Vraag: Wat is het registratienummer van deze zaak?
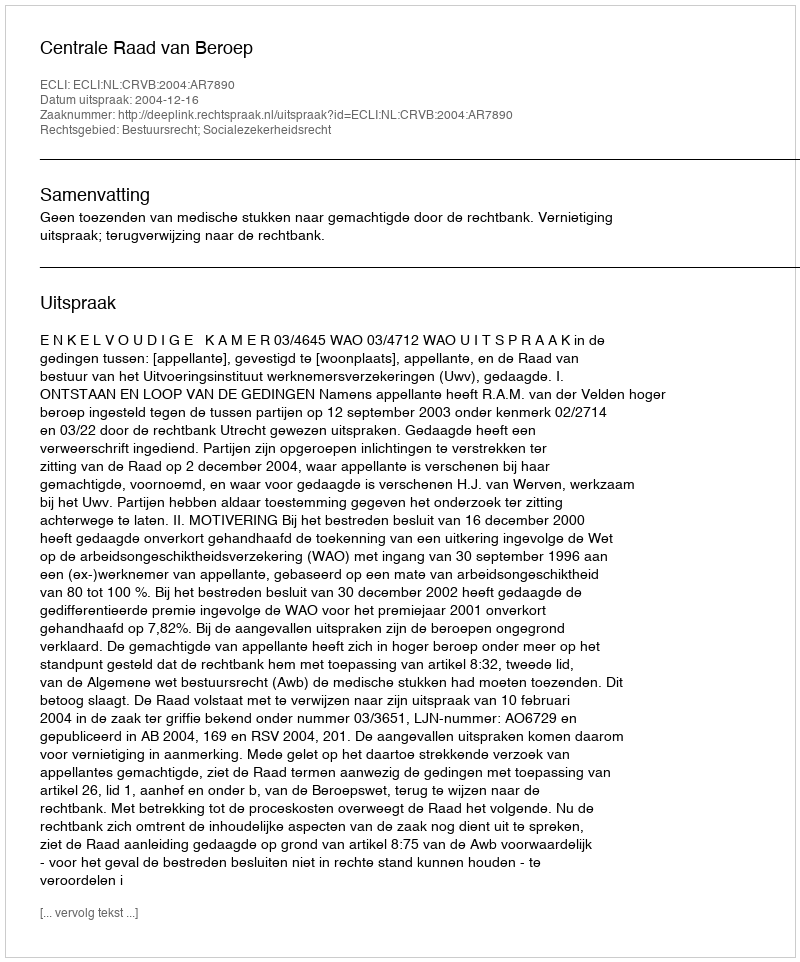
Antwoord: http://deeplink.rechtspraak.nl/uitspraak?id=ECLI:NL:CRVB:2004:AR7890